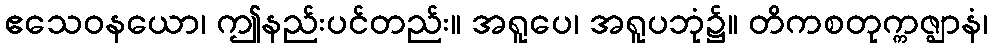
ဧသေဝနယော၊ ဤနည်းပင်တည်း။ အရူပေ၊ အရူပဘုံ၌။ တိကစတုက္ကဇ္ဈာနံ၊